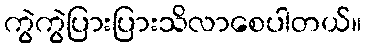
ကွဲကွဲပြားပြားသိလာစေပါတယ်။